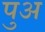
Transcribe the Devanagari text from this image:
पुअ